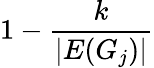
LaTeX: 1-{\frac{k}{|E(G_{j})|}}